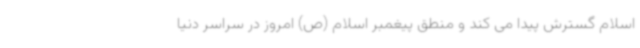
اسلام گسترش پیدا می کند و منطق پیغمبر اسلام (ص) امروز در سراسر دنیا